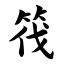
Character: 筏